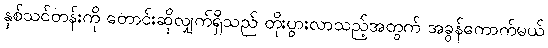
နှစ်သင်တန်းကို တောင်းဆိုလျှက်ရှိသည် တိုးပွားလာသည့်အတွက် အခွန်ကောက်မယ်